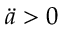
\ddot { a } > 0